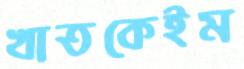
খাতকেইম